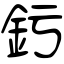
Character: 釫